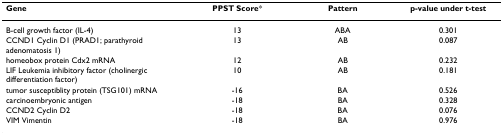
| Gene | PPST Score* | Pattern | p-value under t-test |
 | --- | --- | --- | --- |
 | B-cell growth factor (IL-4) | 13 | ABA | 0.301 |
 | CCND1 Cyclin D1 (PRAD1; parathyroid adenomatosis 1) | 13 | AB | 0.087 |
 | homeobox protein Cdx2 mRNA | 12 | AB | 0.232 |
 | LIF Leukemia inhibitory factor (cholinergic differentiation factor) | 10 | AB | 0.181 |
 | tumor susceptiblity protein (TSG101) mRNA | -16 | BA | 0.526 |
 | carcinoembryonic antigen | -18 | BA | 0.328 |
 | CCND2 Cyclin D2 | -18 | BA | 0.076 |
 | VIM Vimentin | -18 | BA | 0.976 |